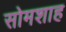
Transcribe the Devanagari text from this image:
सोमशाह